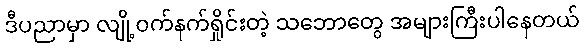
ဒီပညာမှာ လျို့ဝက်နက်ရှိုင်းတဲ့ သဘောတွေ အများကြီးပါနေတယ်